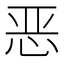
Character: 恶